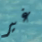
غير